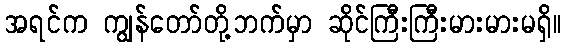
အရင်က ကျွန်တော်တို့ဘက်မှာ ဆိုင်ကြီးကြီးမားမားမရှိ။